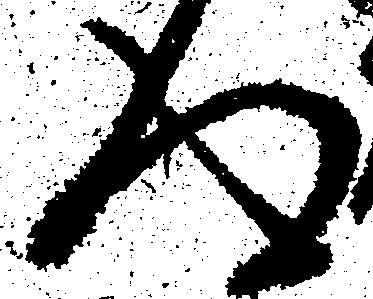
得